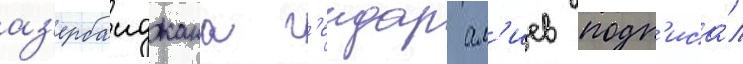
аз'ербаиджана г'еидар ал'иев подп'иса́л